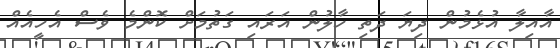
އާއިލާ އުޅެމުން ދިޔަ ދަތި ހާލުން އަރައި ގަތުމަށް ކޮންމެ ވެސް އެހީއެއް